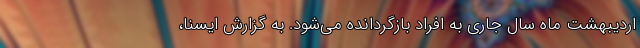
اردیبهشت ماه سال جاری به افراد بازگردانده می‌شود. به گزارش ایسنا،